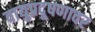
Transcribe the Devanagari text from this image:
वायुप्रदूषणावर